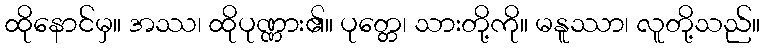
ထိုနောင်မှ။ အဿ၊ ထိုပုဏ္ဏား၏။ ပုတ္တေ၊ သားတို့ကို။ မနူဿာ၊ လူတို့သည်။